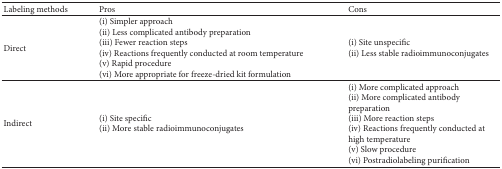
| Labeling methods | Pros | Cons |
 | --- | --- | --- |
 | Direct | (i) Simpler approach (ii) Less complicated antibody preparation(iii) Fewer reaction steps(iv) Reactions frequently conducted at room temperature(v) Rapid procedure(vi) More appropriate for freeze-dried kit formulation | (i) Site unspecific(ii) Less stable radioimmunoconjugates |
 | Indirect | (i) Site specific(ii) More stable radioimmunoconjugates | (i) More complicated approach (ii) More complicated antibody preparation(iii) More reaction steps(iv) Reactions frequently conducted at high temperature(v) Slow procedure(vi) Postradiolabeling purification |